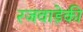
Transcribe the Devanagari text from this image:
रजवाड़ेकी